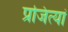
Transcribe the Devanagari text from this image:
प्रजित्यां